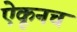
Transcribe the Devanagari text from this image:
ऐकूनच